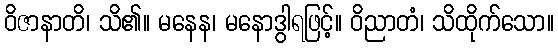
ဝိဇာနာတိ၊ သိ၏။ မနေန၊ မနောဒွါရဖြင့်။ ဝိညာတံ၊ သိထိုက်သော။